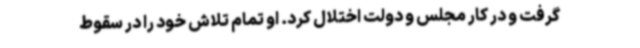
گرفت و در کار مجلس و دولت اختلال کرد. او تمام تلاش خود را در سقوط